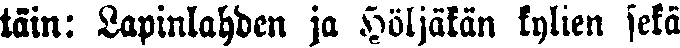
täin: Lapinlahden ja Höljälän kylien sekä